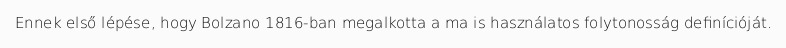
Ennek első lépése, hogy Bolzano 1816-ban megalkotta a ma is használatos folytonosság definícióját.